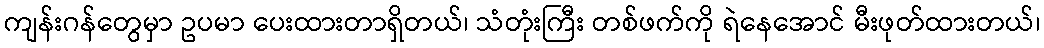
ကျန်းဂန်တွေမှာ ဥပမာ ပေးထားတာရှိတယ်၊ သံတုံးကြီး တစ်ဖက်ကို ရဲနေအောင် မီးဖုတ်ထားတယ်၊